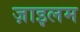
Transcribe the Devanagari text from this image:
ज़ाइलम